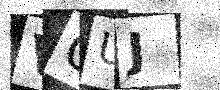
Text: VOUJ